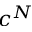
c ^ { N }